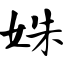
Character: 姝